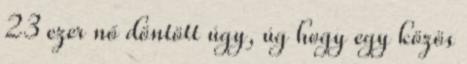
23 ezer nő döntött úgy, úg hogy egy közös